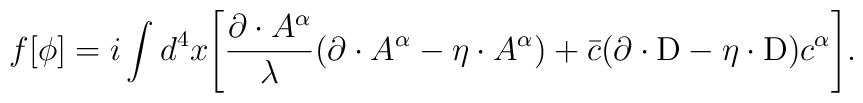
f[\phi]=i\int d^4x\Biggl[{\partial\cdot A^\alpha\over\lambda}(\partial\cdot A^\alpha-\eta\cdot A^\alpha)+{\bar c}(\partial\cdot{\rm D}-\eta\cdot{\rm D})c^\alpha\Biggr].